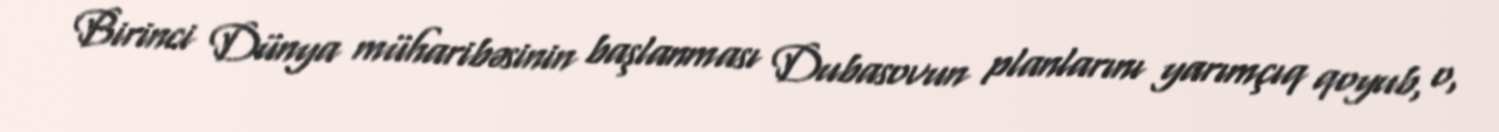
Birinci Dünya müharibəsinin başlanması Dubasovun planlarını yarımçıq qoyub, o,